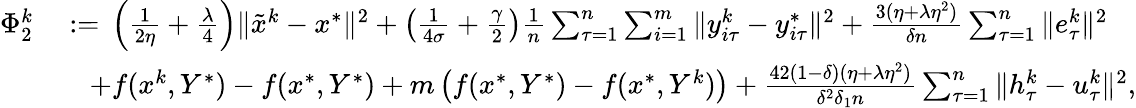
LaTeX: \begin{array}{rl}{\Phi_{2}^{k}}&{\; {:=}\; \left(\frac{1}{2\eta}+\frac{\lambda}{4}\right)\| {\tilde{x}}^{k}-x^{*}\| ^{2}+\left(\frac{1}{4\sigma}+\frac{\gamma}{2}\right)\frac{1}{n}\sum_{\tau=1}^{n}\sum_{i=1}^{m}\| y_{i\tau}^{k}-y_{i\tau}^{*}\| ^{2}+\frac{3(\eta+\lambda\eta^{2})}{\delta n}\sum_{\tau=1}^{n}\| e_{\tau}^{k}\| ^{2}}\\ &{\quad+f(x^{k},Y^{*})-f(x^{*},Y^{*})+m\left(f(x^{*},Y^{*})-f(x^{*},Y^{k})\right)+\frac{42(1-\delta)(\eta+\lambda\eta^{2})}{\delta^{2}\delta_{1}n}\sum_{\tau=1}^{n}\| h_{\tau}^{k}-u_{\tau}^{k}\| ^{2},}\end{array}